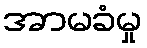
အာမခံမှု